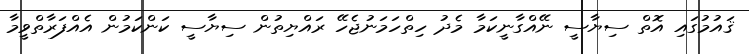
ޤައުމުގައި އޮތް ސިޔާސީ ނޭއްގާނީކަމާ މެދު ހިތްހަމަނުޖެހޭ ރައްޔިތުން ސިޔާސީ ކަންކަމުން އެއްފަރާތްވީމާ